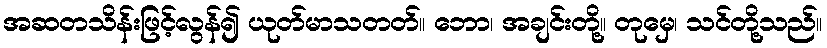
အဆတသိန်းဖြင့်လွန်၍ ယုတ်မာသတတ်။ ဘော၊ အချင်းတို့။ တုမှေ၊ သင်တို့သည်။